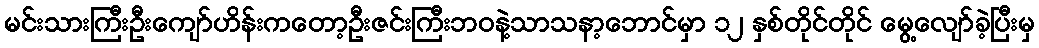
မင်းသားကြီးဦးကျော်ဟိန်းကတော့ဦးဇင်းကြီးဘဝနဲ့သာသနာ့ဘောင်မှာ ၁၂ နှစ်တိုင်တိုင် မွေ့လျော်ခဲ့ပြီးမှ